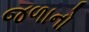
જળાનો